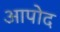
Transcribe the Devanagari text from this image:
आपोद